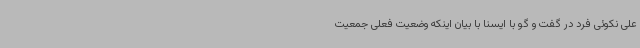
علی نکوئی فرد در گفت و گو با ایسنا با بیان اینکه وضعیت فعلی جمعیت